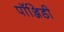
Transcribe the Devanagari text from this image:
पॉञ्जिडी